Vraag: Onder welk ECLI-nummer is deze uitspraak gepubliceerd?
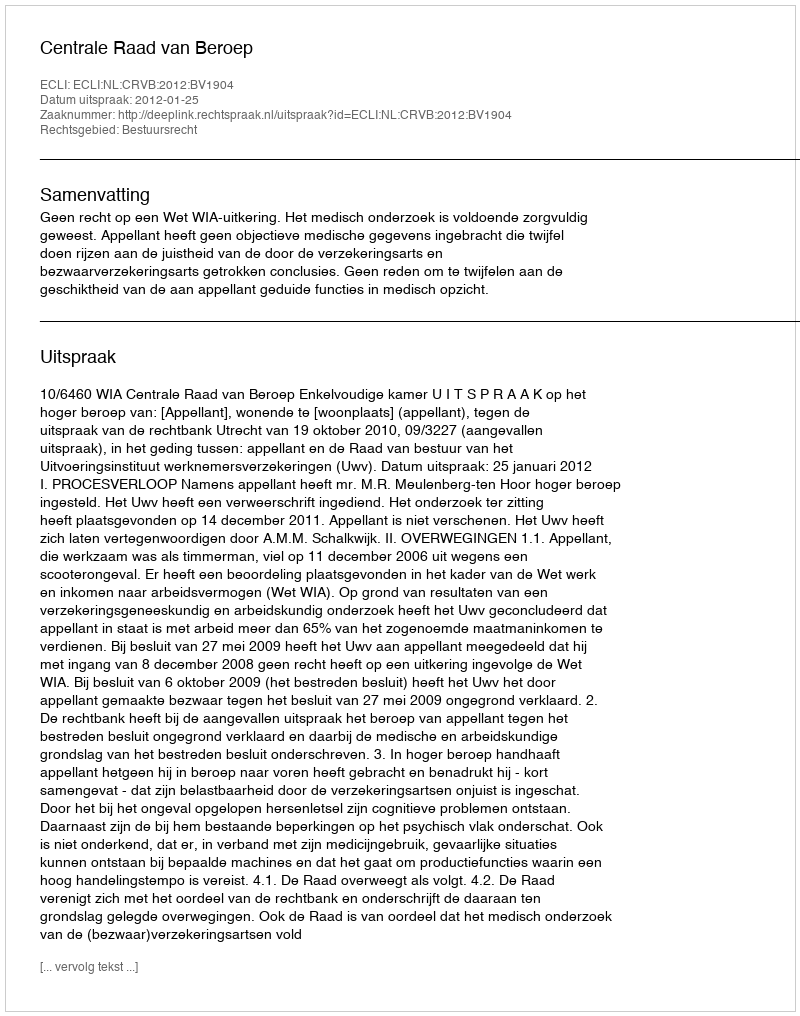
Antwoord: ECLI:NL:CRVB:2012:BV1904